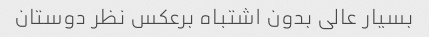
بسیار عالی بدون اشتباه برعکس نظر دوستان